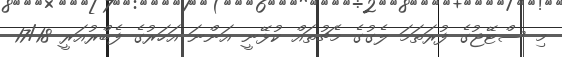
މި ސްޓޭޖުގެ ފުރަތަމަ ލެގުގެ މެޗުތައް ކުޅޭނީ އަންނަ އަހަރުގެ ފެބްރުއަރީ 17/18